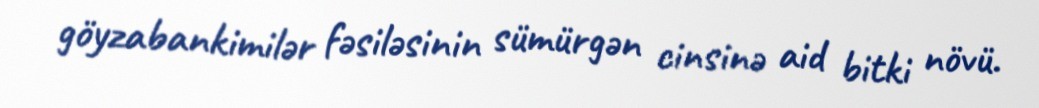
göyzabankimilər fəsiləsinin sümürgən cinsinə aid bitki növü.